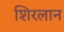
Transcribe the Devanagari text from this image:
शिरलान